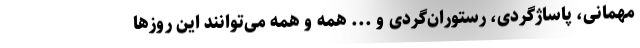
مهمانی، پاساژگردی، رستوران‌گردی و ... همه و همه می‌توانند این روزها